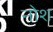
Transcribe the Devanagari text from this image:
नोश